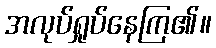
အလုပ်ရှုပ်နေကြ၏။